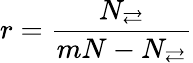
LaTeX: r=\frac{N_{\rightleftarrows}}{mN-N_{\rightleftarrows}}